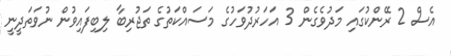
އެސް 2 ރޭންކުގައި މަދުވެގެން 3 އަހަރުދުވަހުގެ މަސައްކަތުގެ ތަޖުރިބާ ލިބިފައިވުން ނުވަތަދީނީ